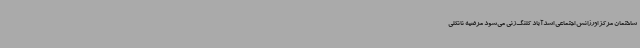
ساختمان مرکز اورژانس اجتماعی اسدآباد کلنگ‌زنی می‌شود مرضیه نانکلی